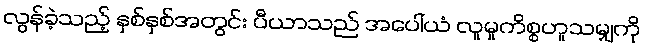
လွန်ခဲ့သည့် နှစ်နှစ်အတွင်း ပီယာသည် အပေါ်ယံ လူမှုကိစ္စဟူသမျှကို